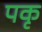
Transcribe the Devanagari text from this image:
पकृ